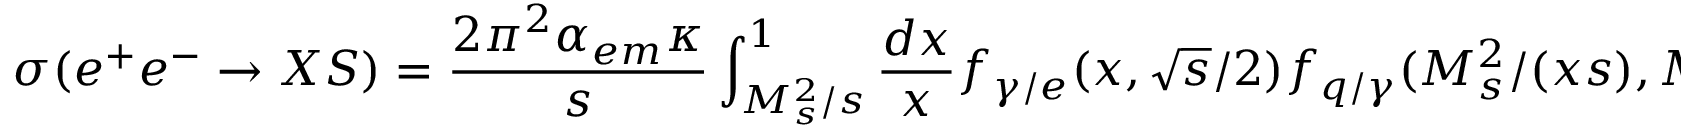
\sigma ( e ^ { + } e ^ { - } \rightarrow X S ) = \frac { 2 \pi ^ { 2 } \alpha _ { e m } \kappa } { s } \int _ { M _ { s } ^ { 2 } / s } ^ { 1 } \frac { d x } { x } f _ { \gamma / e } ( x , \sqrt { s } / 2 ) f _ { q / \gamma } ( M _ { s } ^ { 2 } / ( x s ) , M _ { s } ^ { 2 } )